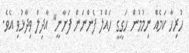
ހުރިހާ ކަމެއް ނިމުމުން ހަގީގީ ހައްލު ފެންނަން ފަށާނީ" އާދިލް ވިދާޅުވި އެވެ.